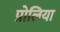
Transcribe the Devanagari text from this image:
प्रोलिया